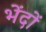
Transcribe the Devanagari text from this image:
भेंदों